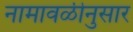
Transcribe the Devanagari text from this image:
नामावळीनुसार